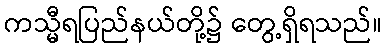
ကသ္မီရပြည်နယ်တို့၌ တွေ့ရှိရသည်။